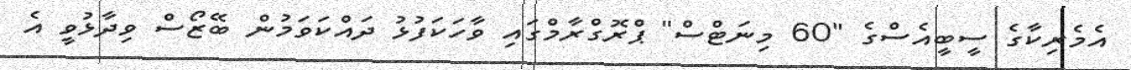
އެމެރިކާގެ ސީބީއެސްގެ "60 މިނަޓްސް" ޕްރޮގްރާމްގައި ވާހަކަފުޅު ދައްކަވަމުން ބޭޒޯސް ވިދާޅުވީ އެ